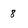
Character: 8